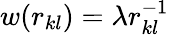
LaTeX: w(r_{kl})=\lambda r_{kl}^{-1}